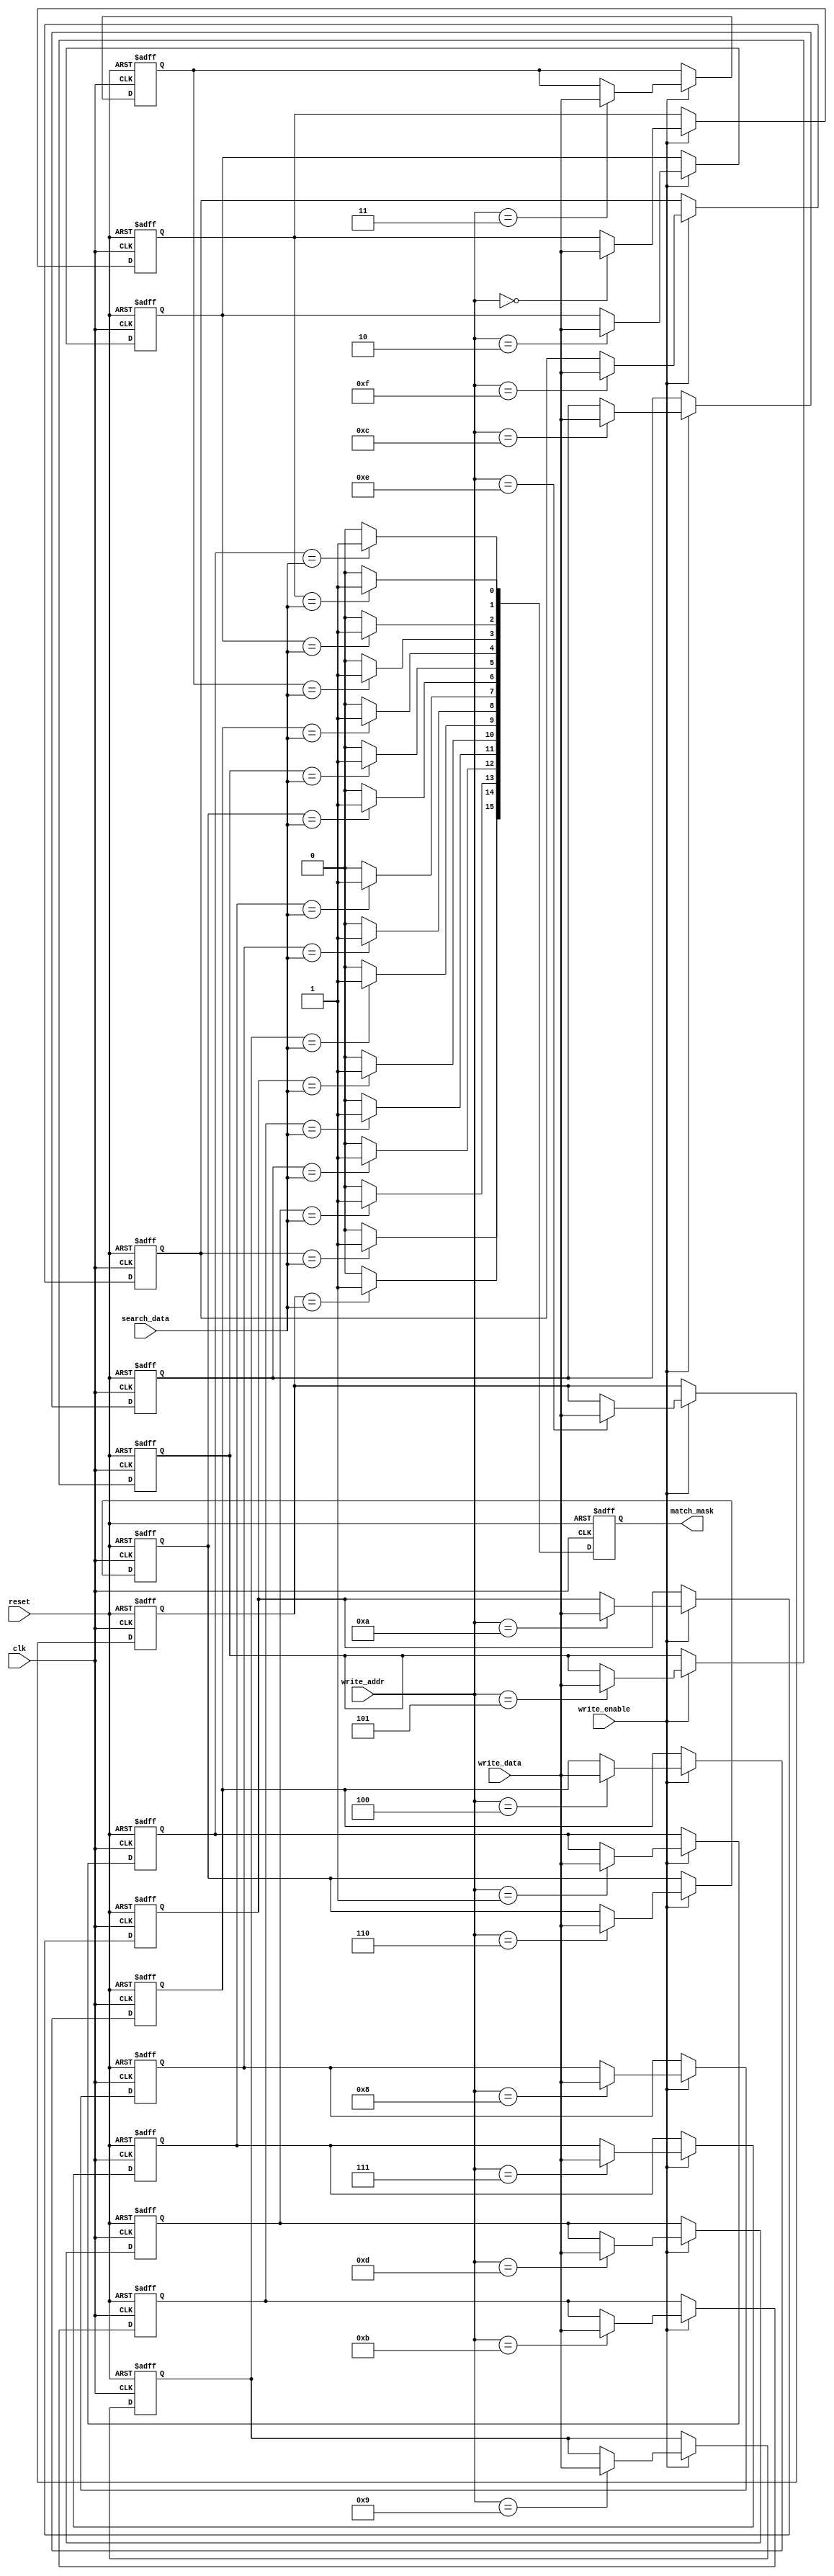
module Multimatch_CAM #(
    parameter DATA_WIDTH = 8,      // Width of the data
    parameter DEPTH = 16            // Number of entries in the CAM
)(
    input wire clk,
    input wire reset,
    input wire [DATA_WIDTH-1:0] search_data, // Input data for search
    input wire write_enable,            // Control signal for write operation
    input wire [DATA_WIDTH-1:0] write_data, // Data to write
    input wire [$clog2(DEPTH)-1:0] write_addr, // Address to write data
    output reg [DEPTH-1:0] match_mask // Mask indicating matching addresses
);

    // Memory array to store entries
    reg [DATA_WIDTH-1:0] memory [0:DEPTH-1];

    integer i;

    // Search and write operation
    always @(posedge clk or posedge reset) begin
        if (reset) begin
            // Reset CAM memory and match mask
            for (i = 0; i < DEPTH; i = i + 1) begin
                memory[i] <= {DATA_WIDTH{1'b0}}; // Default state (invalid)
            end
            match_mask <= 0;
        end else begin
            if (write_enable) begin
                // Write data to specified address
                memory[write_addr] <= write_data;
            end
            
            // Perform the search operation
            match_mask <= 0; // Reset match_mask
            for (i = 0; i < DEPTH; i = i + 1) begin
                if (memory[i] == search_data) begin
                    match_mask[i] <= 1'b1; // Set match mask bit for matching entry
                end
            end
        end
    end

endmodule